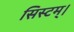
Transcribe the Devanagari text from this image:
सिस्टम्।